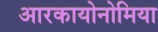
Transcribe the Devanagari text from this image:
आरकायोनोमिया